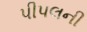
પીપલની